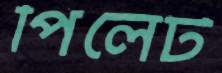
পিলেট